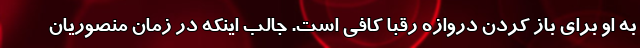
به او برای باز کردن دروازه رقبا کافی است. جالب اینکه در زمان منصوریان